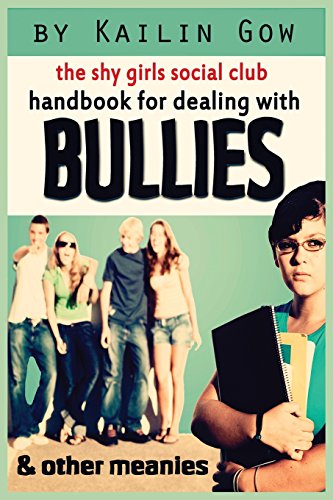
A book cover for The Shy Girls Social Club Handbook for Dealing with Bullies and Other Meanies; Kailin Gow; Teen & Young Adult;